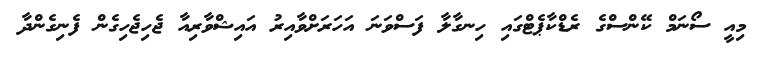
މިއީ ސޯނަމް ކޭންސްގެ ރެޑްކާޕެޓްގައި ހިނގާލާ ފަސްވަނަ އަހަރަށްވާއިރު އައިޝްވާރިއާ ޖެހިޖެހިގެން ފެނިގެންދާ